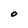
Character: O